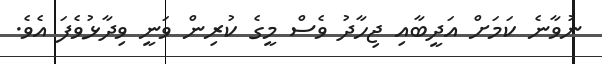
ނުވާނެ ކަމަށް އަދީބާއި ޖިހާދު ވެސް މީގެ ކުރިން ވަނީ ވިދާޅުވެފަ އެވެ.